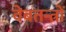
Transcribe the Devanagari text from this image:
वेबतन्त्रों